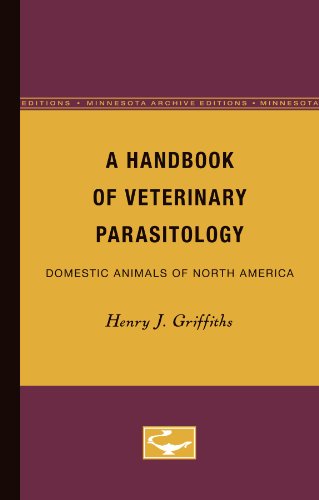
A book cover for A Handbook of Veterinary Parasitology: Domestic Animals of North America; Henry Griffiths; Medical Books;